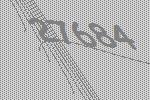
27684